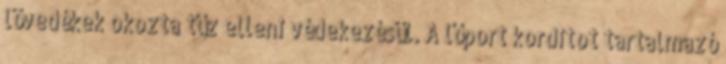
lövedékek okozta tűz elleni védekezésül. A lőport korditot tartalmazó